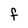
Character: F